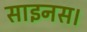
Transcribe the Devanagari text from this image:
साइनस।